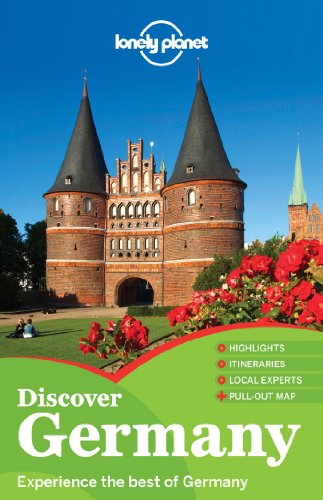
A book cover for Lonely Planet Discover Germany (Travel Guide); Lonely Planet; Travel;